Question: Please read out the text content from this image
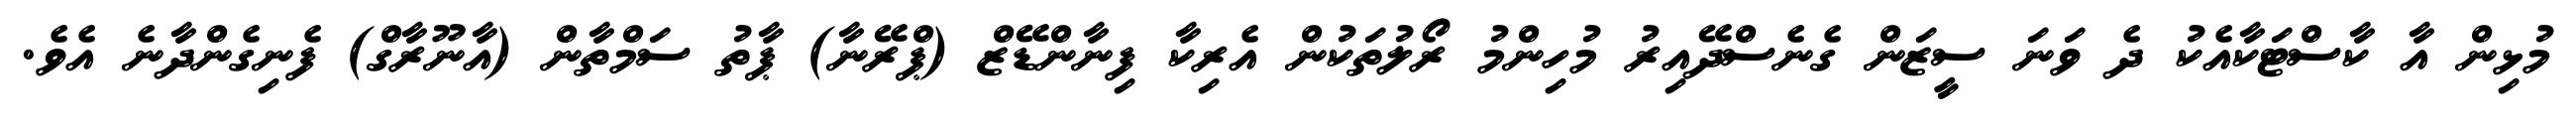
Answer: މުޅިން އާ ކާސްޓަކާއެކު ދެ ވަނަ ސީޒަން ގެނެސްދޭއިރު މުހިންމު ރޯލުތަކުން އެރިކާ ފިނާންޑޭޒް (ޕްރޭނާ) ޕާތު ސަމްތާން (އާނޫރާގް) ފެނިގެންދާނެ އެވެ.